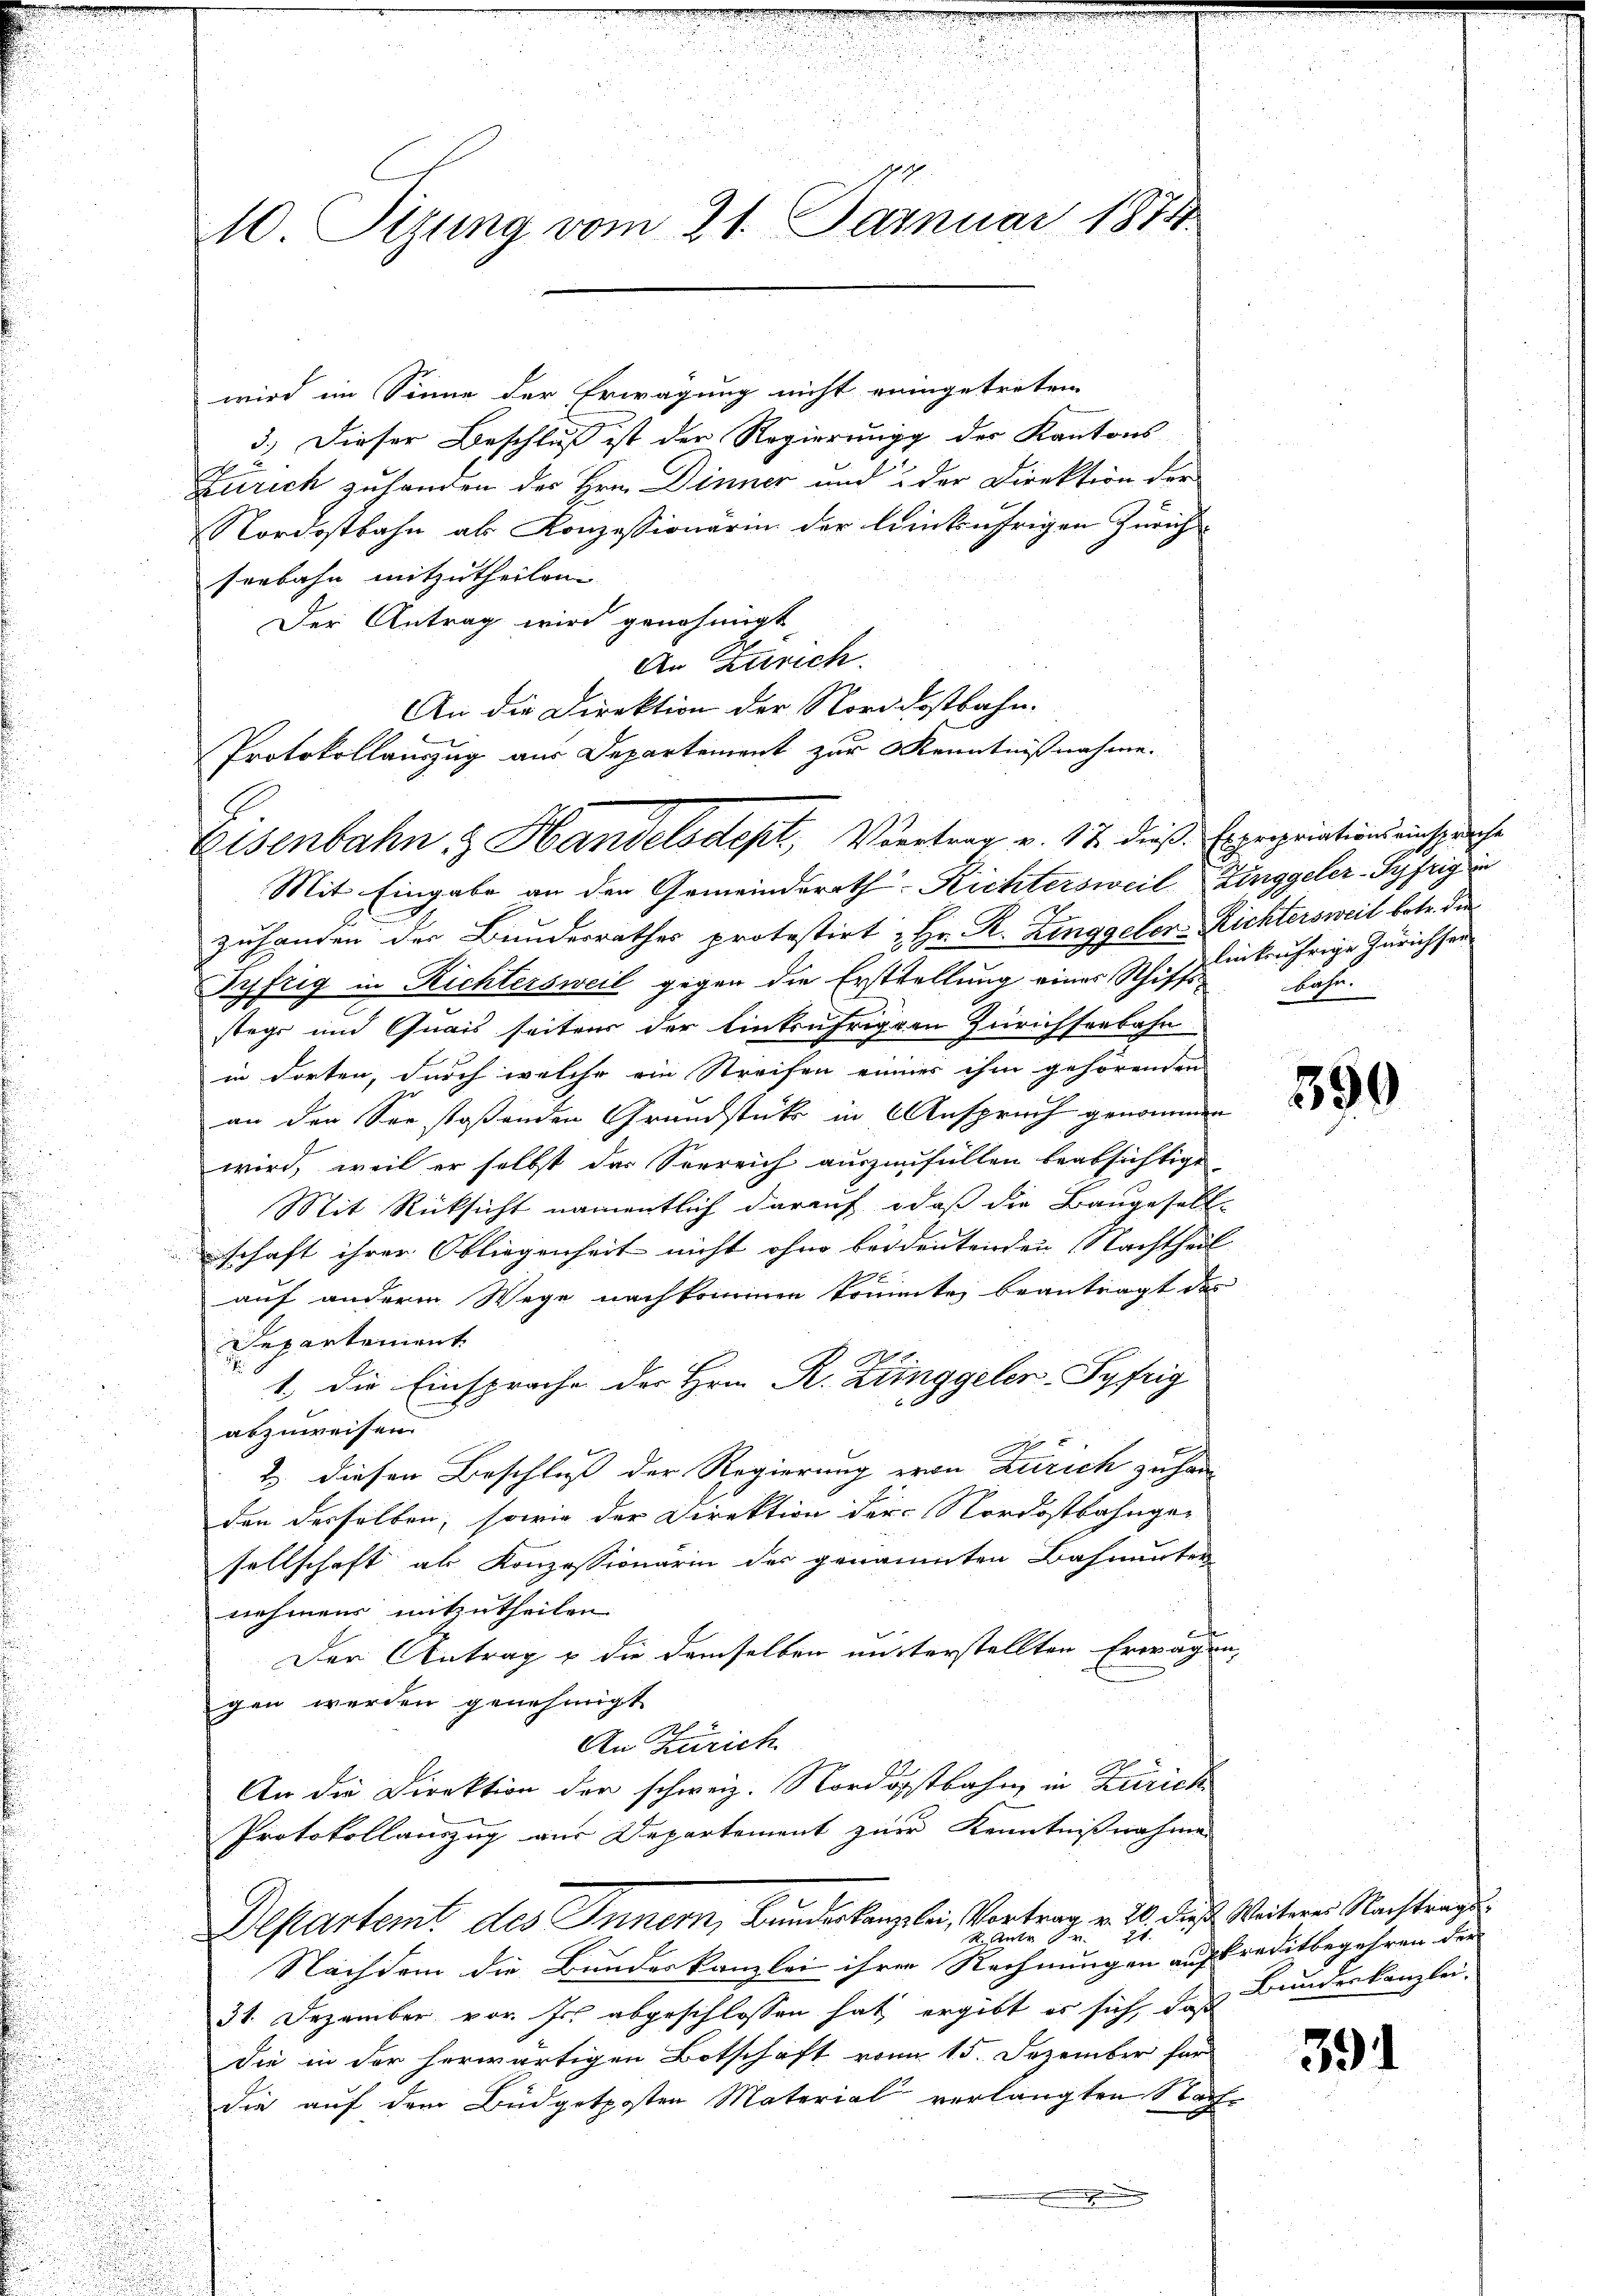
1.
10 Sizung vom 21. Januar 1874

wird im Sinne der Erwägung nicht reingetreten
3.) Dieser Beschluß ist der Regierung des Kantons
Zürich zuhanden der Hrn. Dinner und & der Direktion der
Nordostbahn als Konzessionarin der linkufrigen Zürich
seebahn mitzutheilen
Der Antrag wird genehmigt,
An Zürich.
An die Direktion der Nordostbahn-
Protokollauszug aus Departement zur Kenntnißnahme.
Mit Eingabe an den Gemeinderath Richtersweil Zinggeler-Syfrig in
zuhanden der Bundesrathes protestirt Hr. R. Zinggeler-Lichtersweit betr. die¬
Syfrig in Richtersweil gegen die Erstellung eines Schiffsbahr.
stege und Quais seitens der Eintrufriggen Zürichseebahn
in dorten, durch welche ein Streifen immer ihm gehörenden
an den See stoßenden Grundstück in Anspruch genommen
wird, weil er selbst das Sorreich auszufüllen beabsichtige
Mit Rücksicht namentlich darauf, daß die Baugesell-
schaft ihrer Obliegenheit nicht ohne beidentenden Nachtheil
192
auf anderm Wege nachkommen kommte, beantragt das
Departement
1. Die Einsprache der Hrn. R. Zinggeler Syfrig
abzuweisen
2 diesen Beschluss der Regierung von Zürich zu han
den derselben, sowie der Direktion der Nordostbahngesellschaft als Konzessionärin der genannten Bahnunter
nehmens mitzutheilen.
Der Antrag & die demselben unterstellten Erwägung
gen werden genehmigt
An Zürich
An die Direktion der schweiz. Nordostbahn in Zürich¬
Protokollauszug aus Departement zur Kenntnißnahme
Departemt des Innern, Bundeskanzlei, Vortrag v. 20. dieß. Weiterer Nachtrages
1
K. Unter
Nachdem die Bundeskanzlei ihrer Rechnungen auf Kreditbegehren der
31. Dezember vor. Er abgeschlossen hat ergibt es sich, daß Bundeskanzlei-
die in der herwärtigen Botschaft vom 15. Dezember für
die auf dem Büdgetposten Material verlangten Nach
.

Eisenbahn & Handelsdept, Vertrag v. 17. dieß. Expropriations einsprache

likährige Zürichsen

359

391